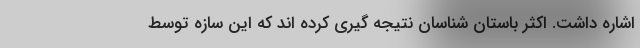
اشاره داشت. اکثر باستان شناسان نتیجه گیری کرده اند که این سازه توسط